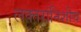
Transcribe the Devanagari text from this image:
लक्तरांनिशीच